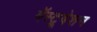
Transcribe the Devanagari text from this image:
मॅस्ट्रूबेशन